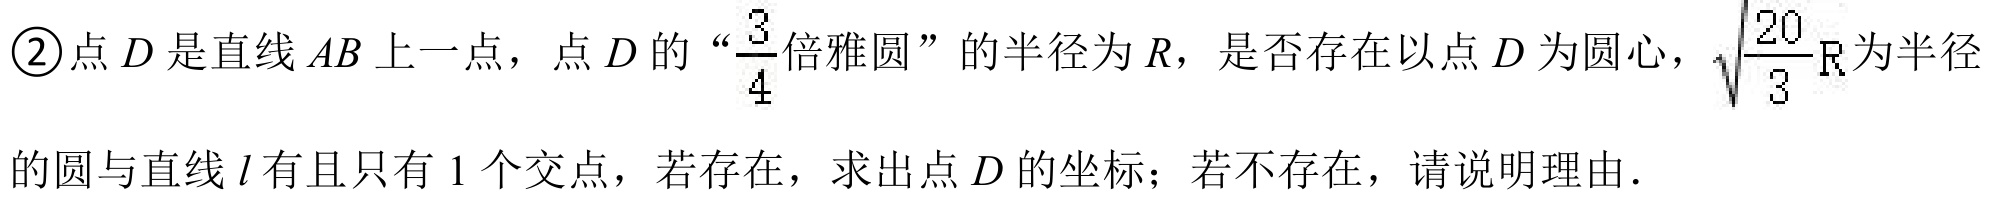
\textcircled{2}点\(D\)是直线\(AB\)上一点，点\(D\)的“\(\frac{3}{4}\)倍雅圆”的半径为\(R\)，是否存在以点\(D\)为圆心，\(\sqrt{\frac{20}{3}}R\)为半径
的圆与直线\(l\)有且只有\(1\)个交点，若存在，求出点\(D\)的坐标；若不存在，请说明理由．